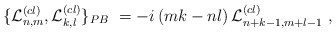
\begin{align*}\{ {{\cal{L}}^{(cl)}_{n,m}},{{\cal{L}}^{(cl)}_{k,l}}\}_{PB}\ = -i \left( mk-nl \right ){{\cal{L}}^{(cl)}_{n+k-1,m+l-1}}\ ,\end{align*}